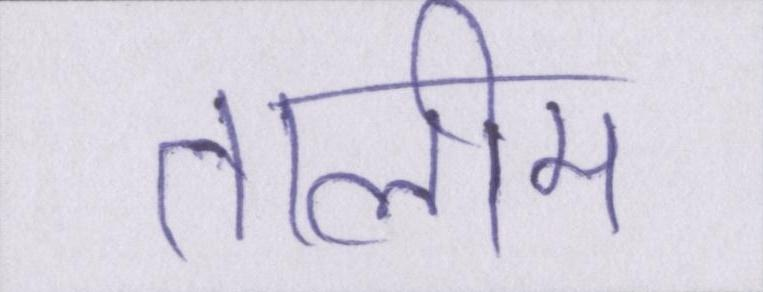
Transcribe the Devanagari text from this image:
तालीम